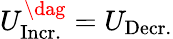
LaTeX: U_{\mathrm{Incr.}}^{\dag}=U_{\mathrm{Decr.}}